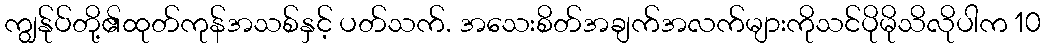
ကျွန်ုပ်တို့၏ထုတ်ကုန်အသစ်နှင့် ပတ်သက်. အသေးစိတ်အချက်အလက်များကိုသင်ပိုမိုသိလိုပါက 10